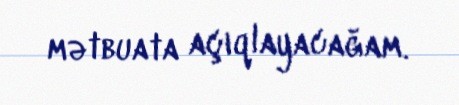
mətbuata açıqlayacağam.